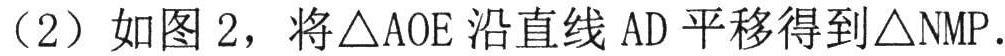
（2）如图 2，将\(\triangle AOE\)沿直线 \(AD\)平移得到\(\triangle NMP\).